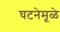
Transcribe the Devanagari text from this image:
घटनेमूळे